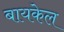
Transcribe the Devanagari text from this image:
बायकेल